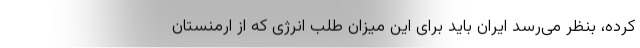
کرده، بنظر می‌رسد ایران باید برای این میزان طلب انرژی که از ارمنستان